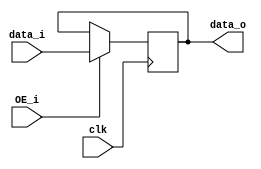
module register_OE(clk, data_i, data_o, OE_i);
    parameter DATA_WITDH = 32;

    // Declare port type
    input clk, OE_i;
    input [DATA_WITDH - 1:0] data_i;
    output reg [DATA_WITDH - 1:0] data_o;

    always @ (posedge clk) 
    begin   
        data_o <= (OE_i == 1'b1) ? data_i : data_o;
    end
endmodule